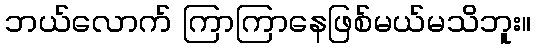
ဘယ်လောက် ကြာကြာနေဖြစ်မယ်မသိဘူး။